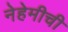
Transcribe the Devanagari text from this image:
नेहेमीची